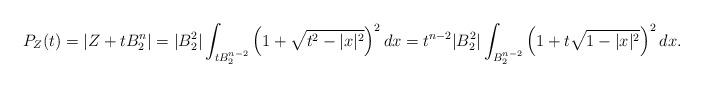
LaTeX: \begin{align*}P_Z(t)=|Z+tB_2^n|= |B_2^2|\int_{tB_2^{n-2}}\left(1+\sqrt{t^2-|x|^2}\right)^{2}dx=t^{n-2} |B_2^{2}|\int_{B_2^{n-2}}\left(1+t\sqrt{1-|x|^2}\right)^{2}dx.\end{align*}